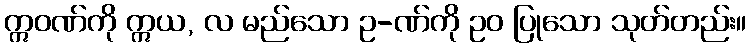
ဣဝဏ်ကို ဣယ, လ မည်သော ဥ-ဏ်ကို ဥဝ ပြုသော သုတ်တည်း။